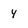
Character: 4